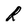
Character: R